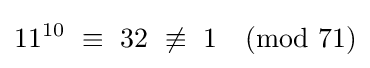
11^{10}\ \equiv \ 32\ \not \equiv \ 1{\pmod {71}}